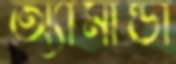
অ্যামান্ডা